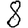
Digit: 8